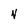
Character: N